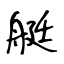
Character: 艇